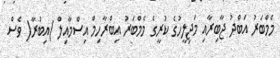
މެމްބަރު އަބްދު ޖާބިރާއި މަޖިލީހުގެ ކުރީގެ މެމްބަރު އިބްރާހިމް އިސްމާއިލް )އިބުރާ( ވެސް